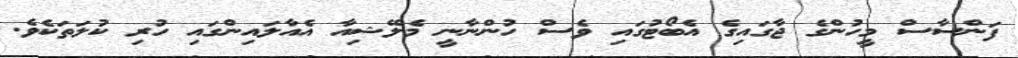
ފަންސާސް މީހުންގެ ޖާގައިގެ އެބޯޓުގައި ވެސް ހުންނާނީ މެލޭޝިއާ އެއާލައިންގައި ހުރި ކުލަތަކެވެ.